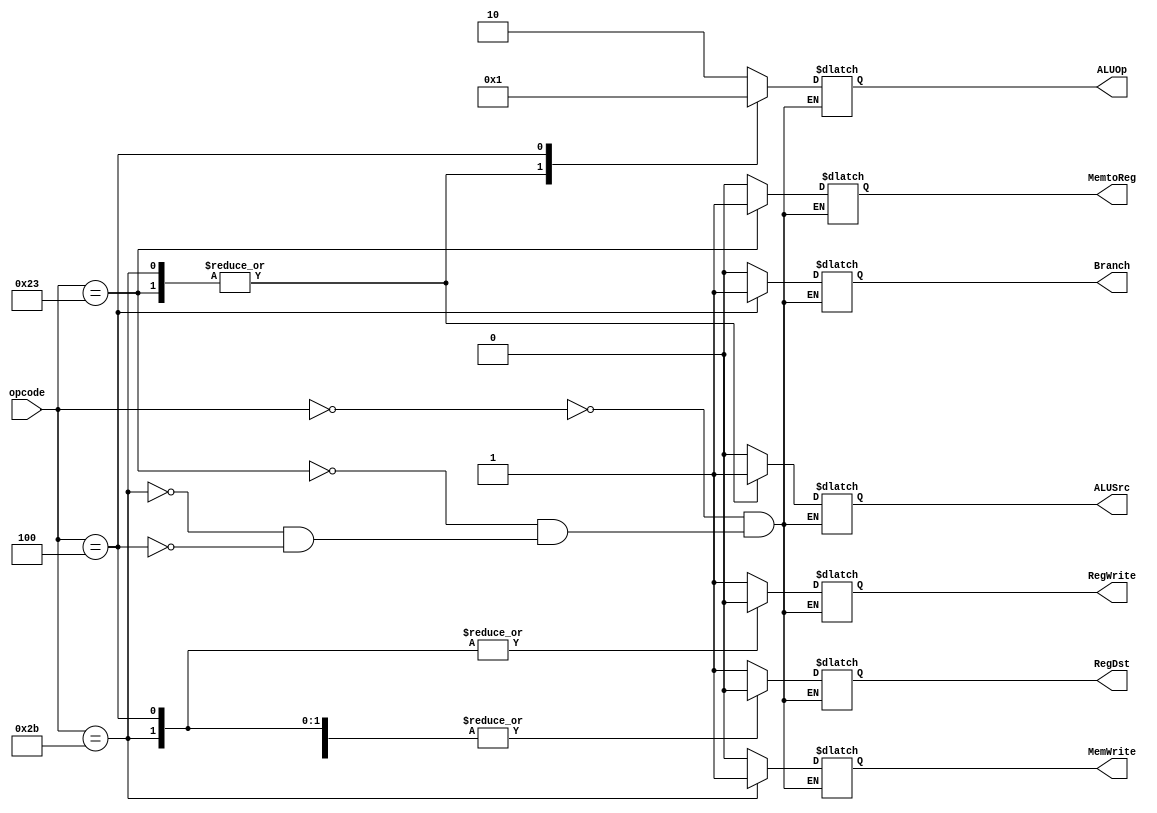
module main_decoder (
	input [5:0] opcode,
	output reg MemtoReg, MemWrite, Branch, ALUSrc, RegDst, RegWrite,
	output reg [1:0] ALUOp
);

always@ (*) begin
	case ( opcode )
		6'h00 : begin // R-type
			RegWrite = 1;
			RegDst   = 1;
			ALUSrc   = 0;
			Branch   = 0;
			MemWrite = 0;
			MemtoReg = 0;
			ALUOp = 2'b10;
		end
		6'h23 : begin // lw
			RegWrite = 1;
			RegDst   = 0;
			ALUSrc   = 1;
			Branch   = 0;
			MemWrite = 0;
			MemtoReg = 1;
			ALUOp = 2'b00;
		end
		6'h2B : begin // sw
			RegWrite = 0;
			RegDst   = 0; // X
			ALUSrc   = 1;
			Branch   = 0;
			MemWrite = 1;
			MemtoReg = 0; // X
			ALUOp = 2'b00;
		end
		6'h04 : begin // beq
			RegWrite = 0;
			RegDst   = 0; // X
			ALUSrc   = 0;
			Branch   = 1;
			MemWrite = 0;
			MemtoReg = 0; // X
			ALUOp = 2'b01;
		end
	endcase
end

endmodule